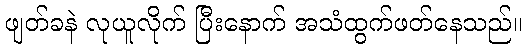
ဖျတ်ခနဲ လုယူလိုက် ပြီးနောက် အသံထွက်ဖတ်နေသည်။